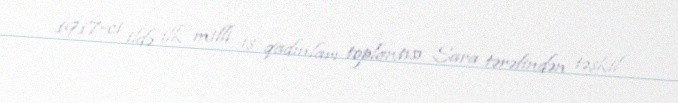
1917-ci ildə ilk milli iş qadınları toplantısı Sara tərəfindən təşkil